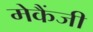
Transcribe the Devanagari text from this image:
मेकैंजी